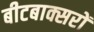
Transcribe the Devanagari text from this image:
बीटबाक्सरों